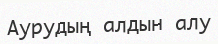
Аурудың алдын алу